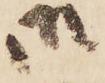
御